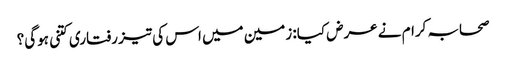
صحابہ کرام نے عرض کیا: زمین میں اس کی تیز رفتاری کتنی ہوگی؟